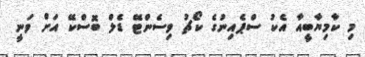
މި ކާމިޔާބީއާ އެކު ސްޕެއިނުގެ ކޯޗު ވިސެންޓޭ ޑެލް ބޮސްކޭ އަށް ވަނީ